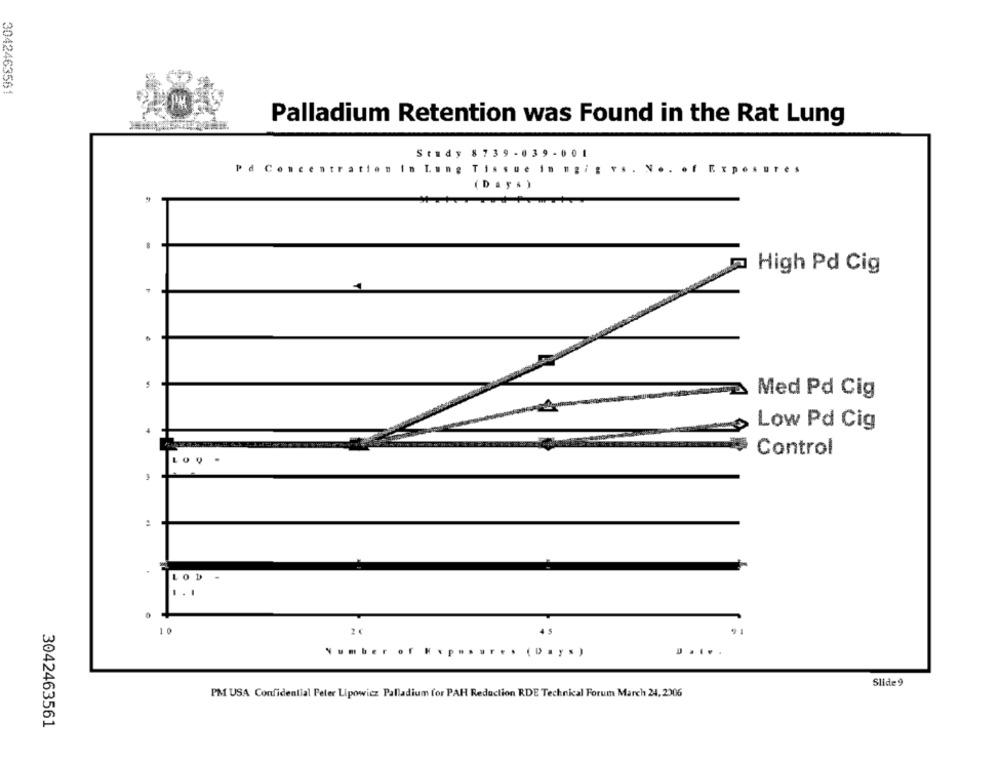
3042463561
Palladium Retention was Found in the Rat Lung
Study 8739-039 - 001
Pd Concentration In Lung Tissue in "gi
of Exposures
(Days )
.
High Pd Cig
.
Med Pd Cig
Low Pd Cig
.
Control
LOQ-
LOD
...
1 0
20
4 5
Days)
.....
Slide 9
PM USA Confidential Peter Lipowicz Palladium for PAH Reduction RDE Technical Forum March 24, 2006
3042463561